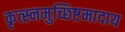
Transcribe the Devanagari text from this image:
कृत्स्नमुच्छिष्टमादाय